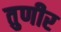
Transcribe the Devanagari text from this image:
तुणीर